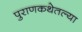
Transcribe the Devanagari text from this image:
पुराणकथेतल्या